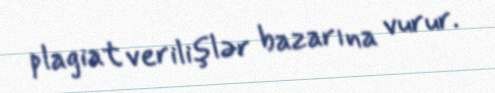
plagiat verilişlər bazarına vurur.